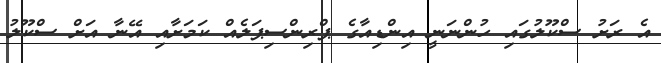
އެ ރަށު ސްކޫލުގައި ހުންނަނީ އިންޑިއާގެ ޕްރިންސިޕަލެއް ކަމަށާއި އޭނާ އަށް ސްކޫލު